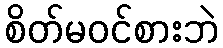
စိတ်မဝင်စားဘဲ